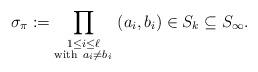
LaTeX: \begin{align*} \sigma_{\pi} := \prod_{ \substack{ 1 \leq i \leq \ell \\ \mathrm{with} \ a_i \neq b_i } } \ (a_i, b_i) \in S_k \subseteq S_{\infty}.\end{align*}